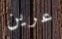
عرين